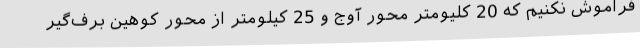
فراموش نکنیم که 20 کلیومتر محور آوج و 25 کیلومتر از محور کوهین برف‌گیر